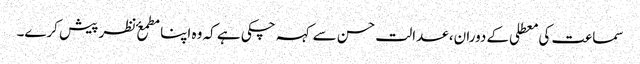
​سماعت کی معطلی کے دوران، عدالت حسن سے کہہ چکی ہے کہ وہ اپنا مطمعٴ نظر پیش کرے۔